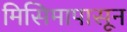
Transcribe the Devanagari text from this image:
मिसिमापासून